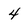
Character: 4